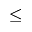
\le